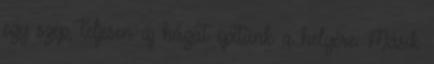
egy szép, teljesen új házat építünk a helyére. Másik